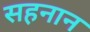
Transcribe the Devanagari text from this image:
सहनान